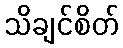
သိချင်စိတ်